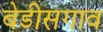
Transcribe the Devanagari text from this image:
बेडीसगाव